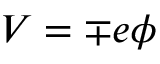
V = \mp e \phi